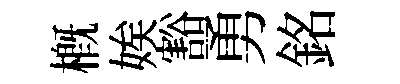
槪娭豁勇銘